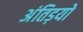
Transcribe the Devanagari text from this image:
अंतिड़यों